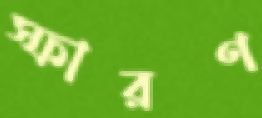
স্ফারণ